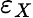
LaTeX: \varepsilon_{X}